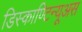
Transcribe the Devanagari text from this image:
डिस्काण्टिन्यूअस